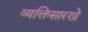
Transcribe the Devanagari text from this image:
व्यक्तिसारखे